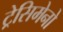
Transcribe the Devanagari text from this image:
ट्रेसिमेनो